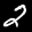
Label: 2